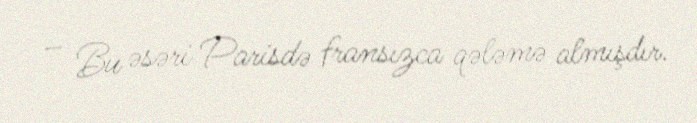
– Bu əsəri Parisdə fransızca qələmə almışdır.